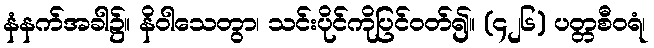
နံနက်အခါ၌။ နိဝါသေတွာ၊ သင်းပိုင်ကိုပြင်ဝတ်၍။ (၄၂၆) ပတ္တစီဝရံ၊